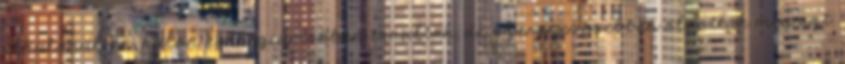
elkülönülten, külön kollégiumokban tanultak, de szerencsésebben oldották meg azt,